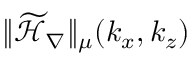
\| \widetilde { \mathcal { H } } _ { \nabla } \| _ { \mu } ( k _ { x } , k _ { z } )